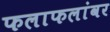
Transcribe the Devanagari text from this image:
फलाफलांवर